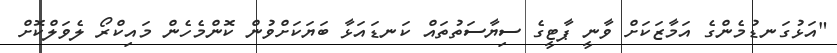
"އަޅުގަނޑުމެންގެ އަމާޒަކަށް ވާނީ ޕާޓީގެ ސިޔާސަތުތައް ކަނޑައަޅާ ބަޔަކަށްވުން ކޮންމެހެން މައިކްރޯ ލެވަލްކޮށް